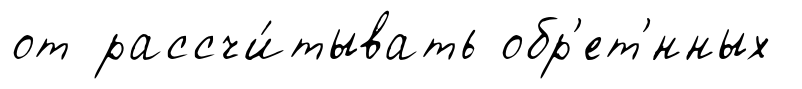
от рассчи́тывать обр'ет'́нных